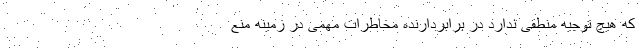
که هیچ توجیه منطقی ندارد در برابردارنده مخاطرات مهمی در زمینه منع